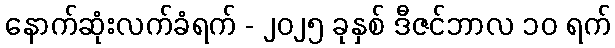
နောက်ဆုံးလက်ခံရက် - ၂၀၂၅ ခုနှစ် ဒီဇင်ဘာလ ၁၀ ရက်